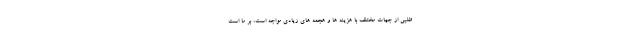
طلبی از جهات مختلف با هزینه ها و هجمه های زیادی مواجه است، بر ما است